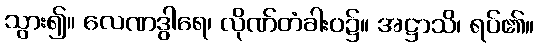
သွား၍။ လေဏဒွါရေ၊ လိုဏ်တံခါးဝ၌။ အဋ္ဌာသိ၊ ရပ်၏။